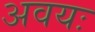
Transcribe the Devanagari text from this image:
अवयः